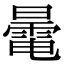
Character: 𣋔